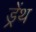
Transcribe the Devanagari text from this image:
ड्रेंथ